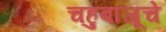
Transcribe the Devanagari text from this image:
चहुबाजूचे